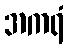
အကရံ